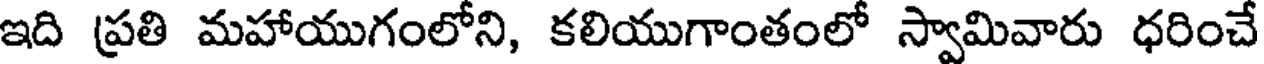
ఇది ప్రతి మహాయుగంలోని, కలియుగాంతంలో స్వామివారు ధరించే